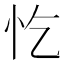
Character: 忔